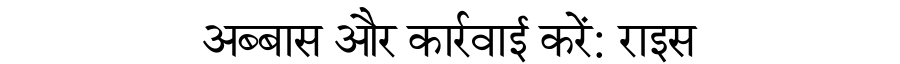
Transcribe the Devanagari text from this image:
अब्बास और कार्रवाई करें: राइस